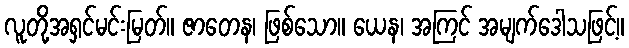
လူတို့အရှင်မင်းမြတ်။ ဇာတေန၊ ဖြစ်သော။ ယေန၊ အကြင် အမျက်ဒေါသဖြင့်။